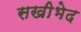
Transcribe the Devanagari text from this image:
सखीभेद